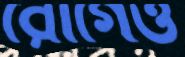
রোগেও